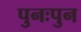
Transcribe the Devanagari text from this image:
पुनःपुन